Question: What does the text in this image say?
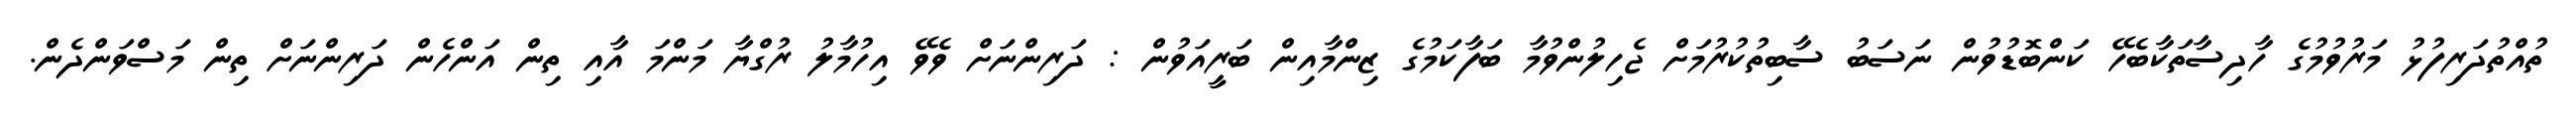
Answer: ތުއްތުދަރިފުޅު މަރުވުމުގެ ހާދިސާތަކާބެހޭ ކަންބޮޑުވުން ނަސަބު ސާބިތުކުރުމަށް ޖެހިލުންވުމާ ބަފާކަމުގެ ޒިންމާއިން ބަރީއަވުން : ދަރިންނަށް ވެވޭ އިހުމާލު ރުގްޔާ މަންމަ އާއި ތިން އަންހެން ދަރިންނަށް ތިން މަސްވަންދެން.